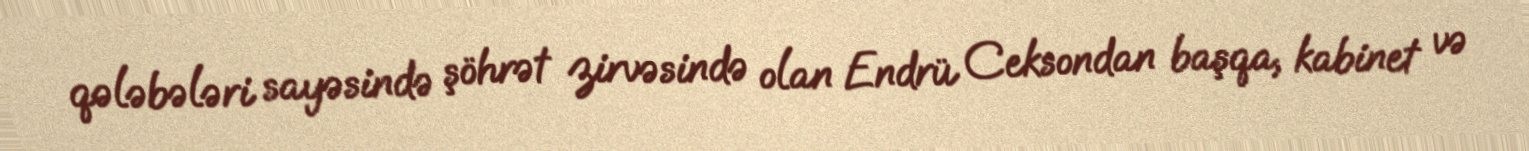
qələbələri sayəsində şöhrət zirvəsində olan Endrü Ceksondan başqa, kabinet və